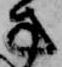
方